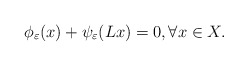
\begin{align*}\phi_\varepsilon (x) +\psi_\varepsilon (Lx) = 0, \forall x\in X.\end{align*}